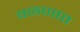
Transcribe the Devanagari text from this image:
वळणात